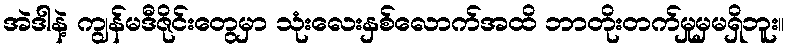
အဲဒါနဲ့ ကျွန်မဒီဇိုင်းတွေမှာ သုံးလေးနှစ်လောက်အထိ ဘာတိုးတက်မှုမှမရှိဘူး။